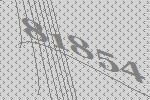
81854